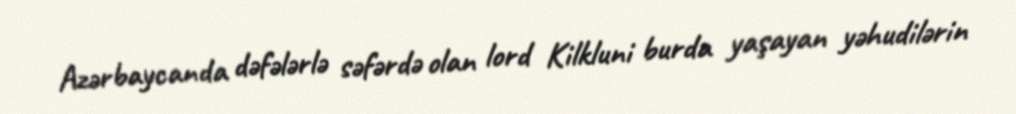
Azərbaycanda dəfələrlə səfərdə olan lord Kilkluni burda yaşayan yəhudilərin